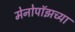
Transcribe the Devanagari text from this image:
मेनोपॉझच्या